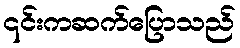
၎င်းကဆက်ပြောသည်